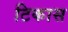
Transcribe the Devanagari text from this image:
टिकास